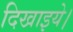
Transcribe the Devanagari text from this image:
दिखाइये।